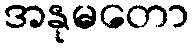
အနုမတော